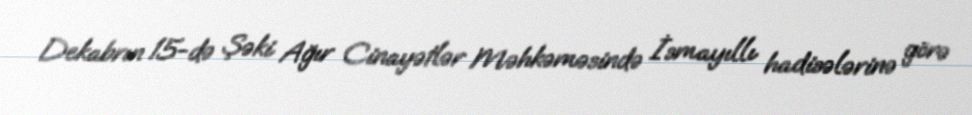
Dekabrın 15-də Şəki Ağır Cinayətlər Məhkəməsində İsmayıllı hadisələrinə görə